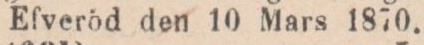
Efveröd den 10 Mars 1870.